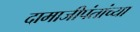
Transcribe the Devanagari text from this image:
दामाजीपंतांच्या